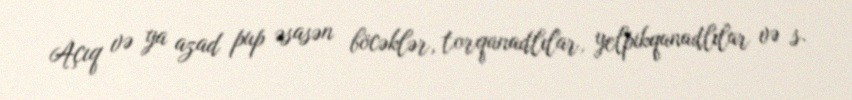
Açıq və ya azad pup əsasən böcəklər, torqanadlılar, yelpikqanadlılar və s.